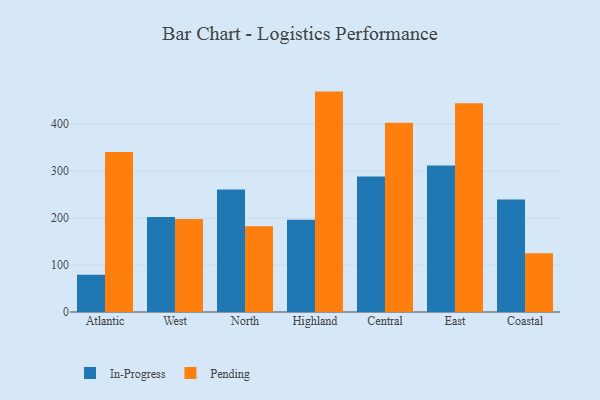
{"axis": {"x": "Region", "y": "Net Income (USD K)"}, "legend": ["In-Progress", "Pending"], "data": [{"x": "Atlantic", "y": 79.2, "type": "In-Progress"}, {"x": "Atlantic", "y": 340.9, "type": "Pending"}, {"x": "West", "y": 202.5, "type": "In-Progress"}, {"x": "West", "y": 198.0, "type": "Pending"}, {"x": "North", "y": 261.1, "type": "In-Progress"}, {"x": "North", "y": 182.5, "type": "Pending"}, {"x": "Highland", "y": 196.5, "type": "In-Progress"}, {"x": "Highland", "y": 469.3, "type": "Pending"}, {"x": "Central", "y": 288.3, "type": "In-Progress"}, {"x": "Central", "y": 403.2, "type": "Pending"}, {"x": "East", "y": 312.2, "type": "In-Progress"}, {"x": "East", "y": 444.7, "type": "Pending"}, {"x": "Coastal", "y": 239.4, "type": "In-Progress"}, {"x": "Coastal", "y": 125.3, "type": "Pending"}]}